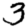
Digit: 3